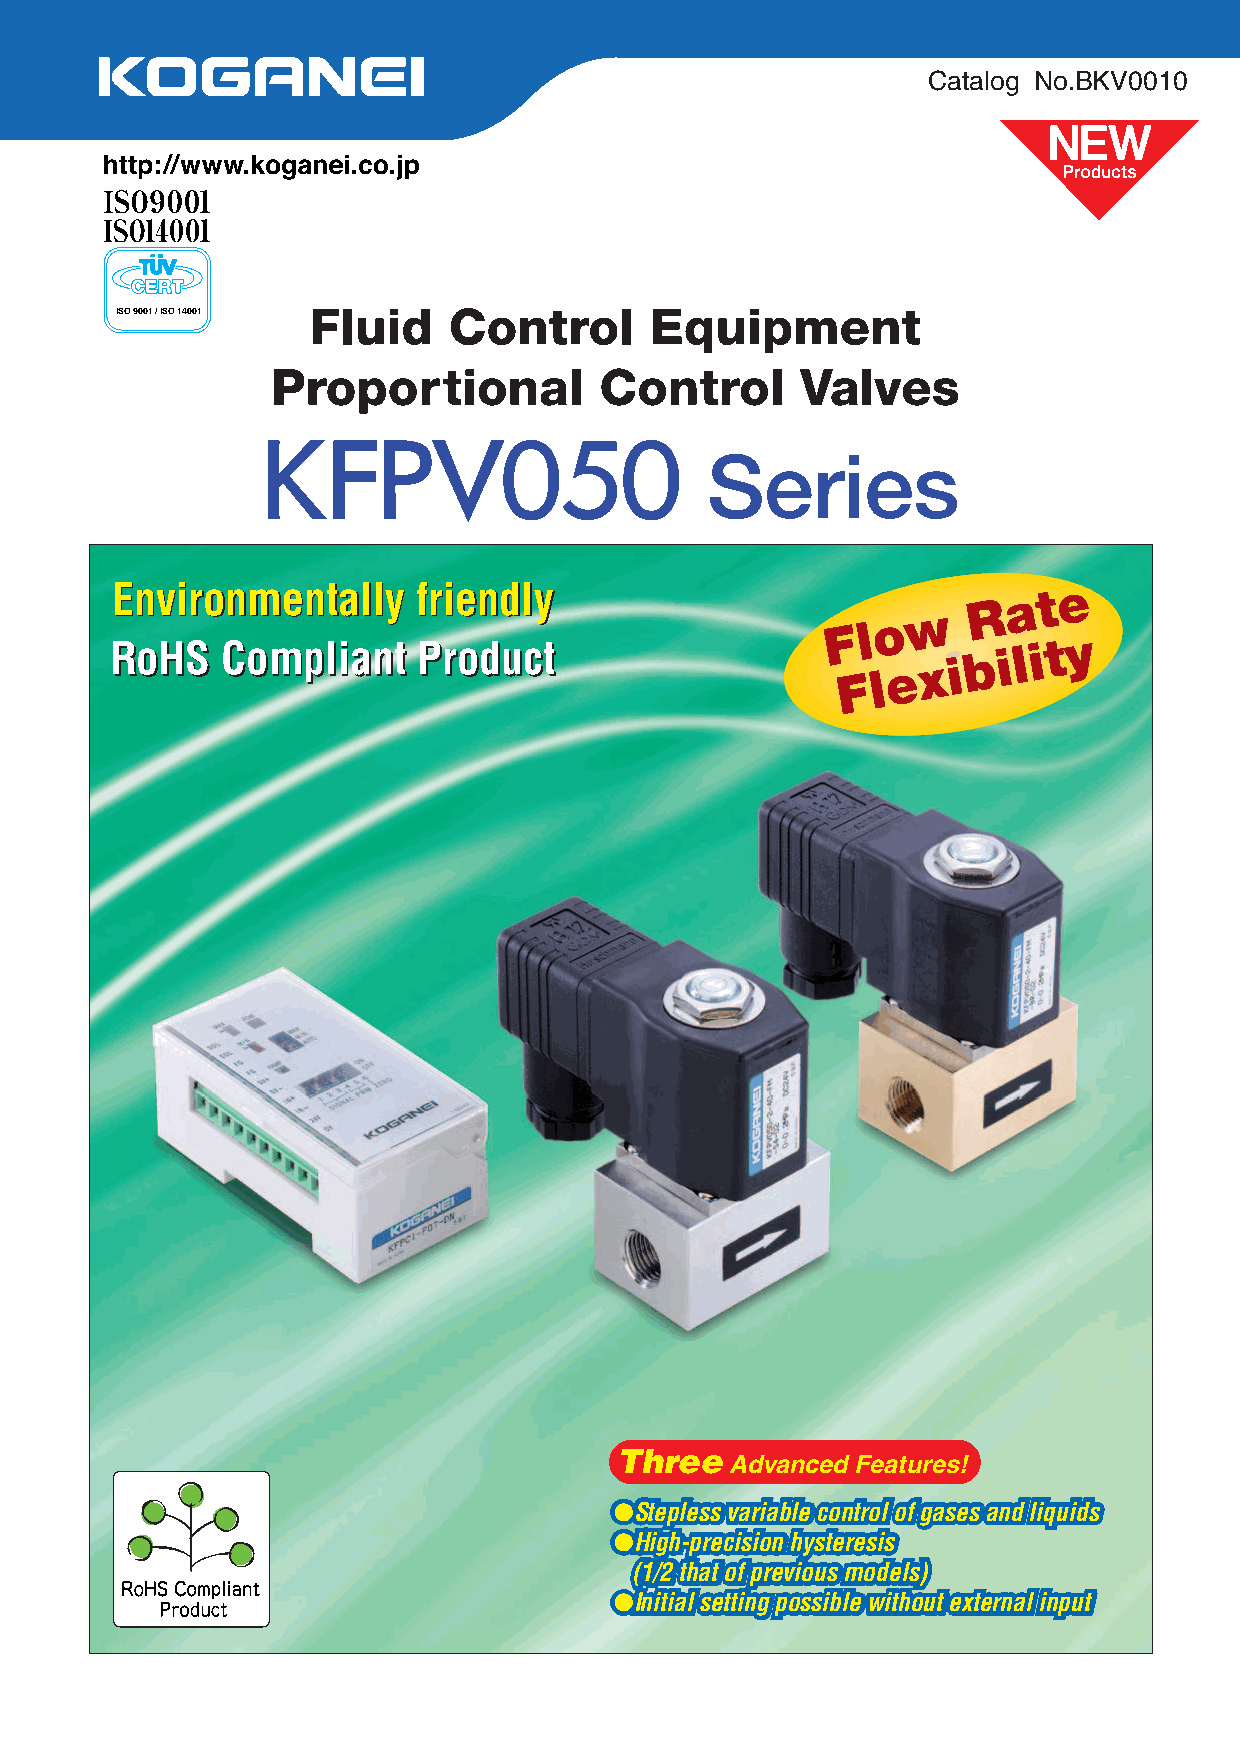
Catalog No.BKV0010
 ISO 9001 / ISO 14001 Fluid Control Equipment
 Proportional          Control      Valves
 Series
 EEnnvviirroonnmmeennttaallllyy ffrriieennddllyy          R  a t e
 w
 F l o
 RRooHHSS CCoommpplliiaanntt PPrroodduucctt       F l e x i b i l i t y
 Three
 Advanced Features!
 ●●SStteepplleessss vvaarriiaabbllee ccoonnttrrooll ooff ggaasseess aanndd lliiqquuiiddss
 ●●HHiigghh--pprreecciissiioonn hhyysstteerreessiiss
 ((11//22 tthhaatt ooff pprreevviioouuss mmooddeellss))
 ●●IInniittiiaall sseettttiinngg ppoossssiibbllee wwiitthhoouutt eexxtteerrnnaall iinnppuutt